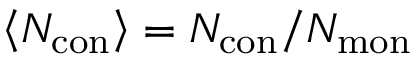
{ \left< N _ { \mathrm { c o n } } \right> = N _ { \mathrm { c o n } } / N _ { \mathrm { m o n } } }